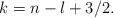
LaTeX: \begin{align*}k=n-l+3/2.\end{align*}